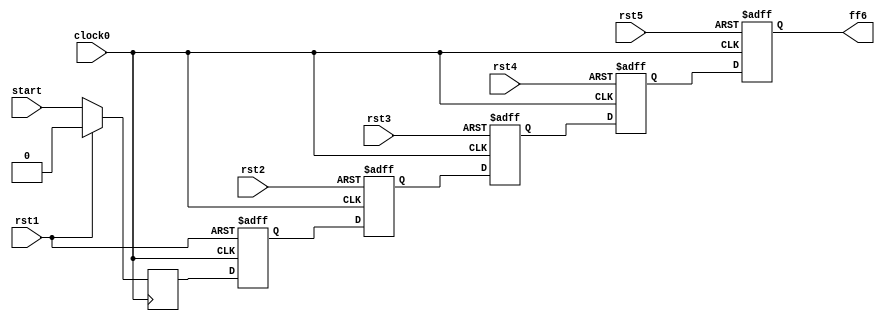
module hop5_L4(
   	
		input	clock0,
		input	rst1,
		input 	rst2,
		input 	rst3,
		input 	rst4,
		input 	rst5,
		input 	start,
		output 	ff6
		
		);

		reg ff1,ff2,ff3,ff4,ff5,ff6;

  	always @( posedge clock0)
   	begin
   		if( rst1 )
       			ff1 <= 0;
		else
			ff1<= start;
	end


	always @(posedge clock0, posedge rst1)
	begin
    		if( rst1 )
       			ff2 <= 0;      
    		else 
			ff2<= ff1;

	end



  	always @( posedge clock0, posedge rst2)
   	begin
   		if( rst2 )
       			ff3 <= 0;
		else
			ff3<= ff2;
	end

  	always @( posedge clock0, posedge rst3)
   	begin
   		if( rst3)
       			ff4 <= 0;
		else
			ff4<= ff3;
	end

  	always @( posedge clock0, posedge rst4)
   	begin
   		if( rst4)
       			ff5 <= 0;
		else
			ff5<= ff4;
	end

  	always @( posedge clock0, posedge rst5)
   	begin
   		if( rst5)
       			ff6 <= 0;
		else
			ff6<= ff5;
	end




endmodule